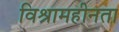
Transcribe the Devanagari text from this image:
विश्रामहीनता